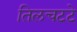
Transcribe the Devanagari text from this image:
तिलचटटे